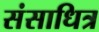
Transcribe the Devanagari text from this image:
संसाधित्र